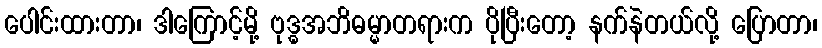
ပေါင်းထားတာ၊ ဒါကြောင့်မို့ ဗုဒ္ဓအဘိဓမ္မာတရားက ပိုပြီးတော့ နက်နဲတယ်လို့ ပြောတာ၊